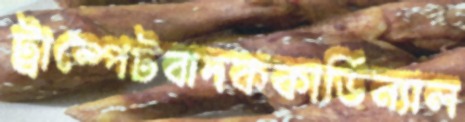
ট্রাম্পেটবাদককার্ডিন্যাল